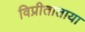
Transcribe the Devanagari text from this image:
विप्रीताताया